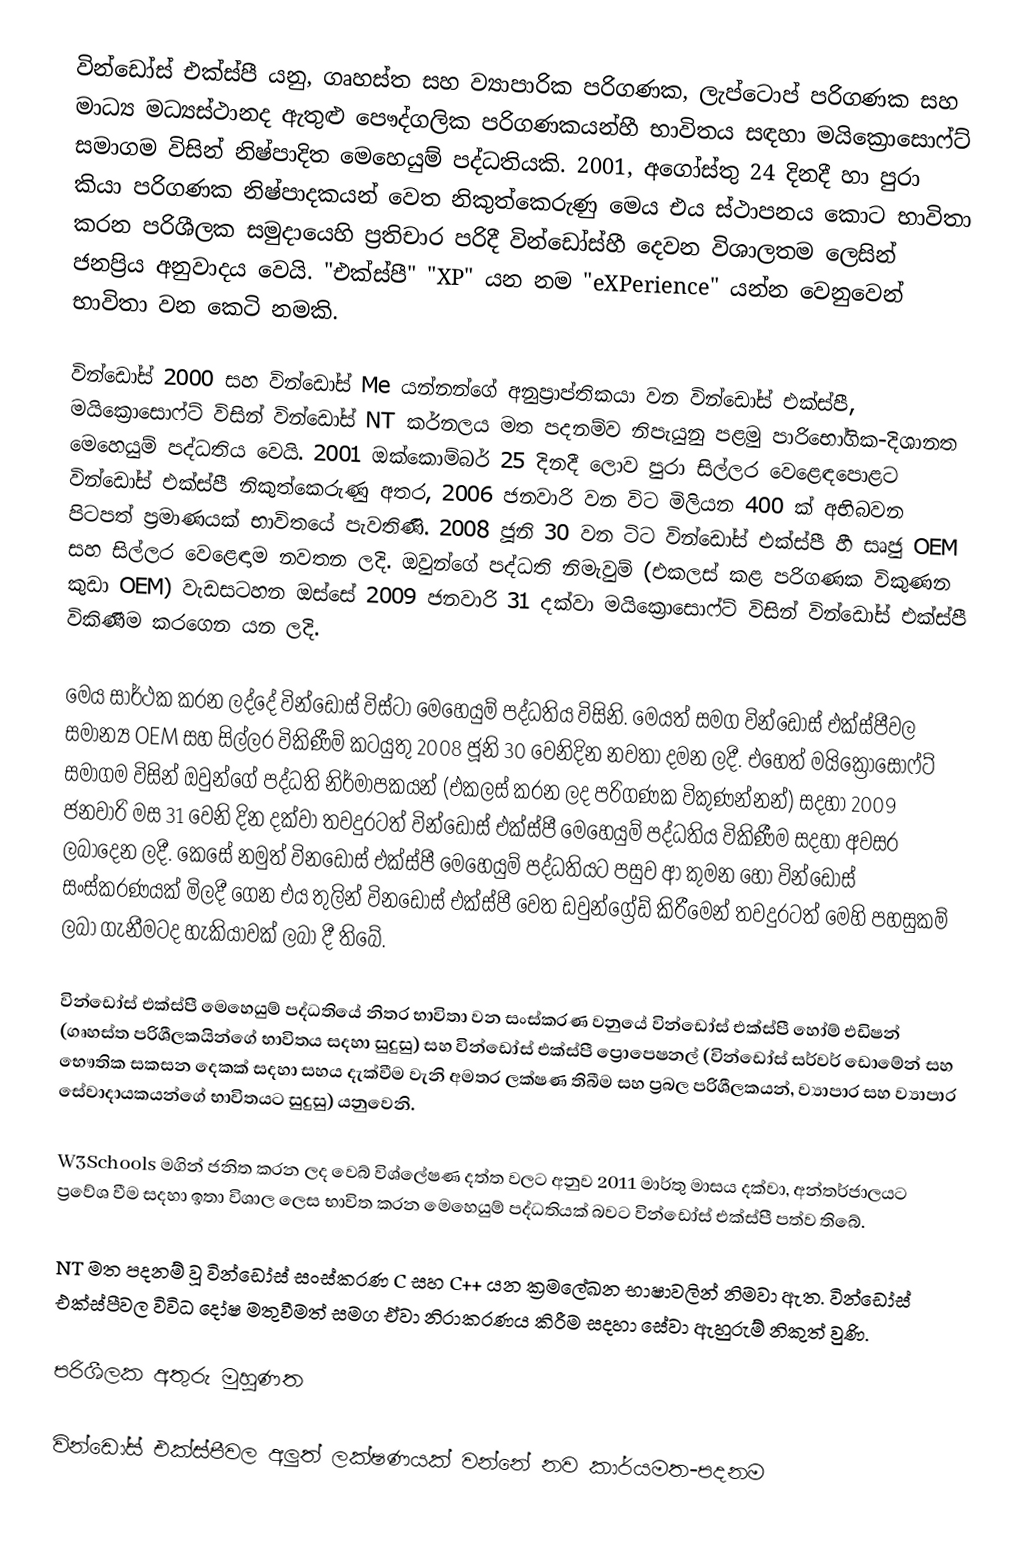
වින්ඩෝස් එක්ස්පී යනු,  ගෘහස්ත සහ ව්‍යාපාරික පරිගණක, ලැප්ටොප් පරිගණක සහ මාධ්‍ය   මධ්‍යස්ථානද ඇතුළු පෞද්ගලික පරිගණකයන්හී  භාවිතය සඳහා මයික්‍රොසොෆ්ට් සමාගම විසින්   නිෂ්පාදිත    මෙහෙයුම් පද්ධතියකි. 2001, අගෝස්තු 24 දිනදී හා පුරා කියා පරිගණක නිෂ්පාදකයන් වෙත නිකුත්කෙරුණු මෙය  එය ස්ථාපනය කොට භාවිතා කරන පරිශීලක සමුදායෙහි ප්‍රතිචාර පරිදී වින්ඩෝස්හී දෙවන විශාලතම ලෙසින් ජනප්‍රිය අනුවාදය වෙයි. "එක්ස්පී"  "XP" යන නම "eXPerience" යන්න වෙනුවෙන් භාවිතා වන කෙටි නමකි.

වින්ඩෝස් 2000 සහ වින්ඩෝස් Me යන්නන්ගේ අනුප්‍රාප්තිකයා වන වින්ඩෝස් එක්ස්පී, මයික්‍රොසොෆ්ට් විසින් වින්ඩෝස් NT කර්නලය මත පදනම්ව නිපැයුනු පළමු පාරිභෝගික-දිශානත මෙහෙයුම් පද්ධතිය වෙයි.    2001 ඔක්කොම්බර් 25 දිනදී  ලොව පුරා සිල්ලර වෙළෙඳපොළට  වින්ඩෝස් එක්ස්පී නිකුත්කෙරුණු අතර, 2006 ජනවාරි වන විට මිලියන 400 ක් අභිබවන පිටපත් ප්‍රමාණයක් භාවිතයේ පැවතිණි.  2008 ජූනි 30 වන ටිට වින්ඩෝස් එක්ස්පී හී සෘජු OEM සහ සිල්ලර වෙළෙඳාම නවතන ලදි. ඔවුන්ගේ පද්ධති නිමැවුම් (එකලස් කළ පරිගණක විකුණන කුඩා OEM) වැඩසටහන ඔස්සේ 2009 ජනවාරි 31 දක්වා මයික්‍රොසොෆ්ට් විසින් වින්ඩෝස් එක්ස්පී විකිණීම කරගෙන යන ලදි.

මෙය සාර්ථක කරන ලද්දේ වින්ඩෝස් විස්ටා මෙහෙයුම් පද්ධතිය විසිනි. මෙයත්   සමග වින්ඩෝස් එක්ස්පීවල සමාන්‍ය OEM සහ සිල්ලර විකිණීම් කටයුතු 2008 ජූනි 30   වෙනිදින නවතා දමන ලදී. එහෙත් මයික්‍රොසොෆ්ට් සමාගම විසින් ඔවුන්ගේ   පද්ධති නිර්මාපකයන් (එකලස් කරන ලද පරිගණක විකුණන්නන්) සදහා 2009 ජනවාරි   මස 31 වෙනි දින දක්වා   තවදුරටත් වින්ඩෝස් එක්ස්පී මෙහෙයුම් පද්ධතිය විකිණීම   සදහා අවසර ලබාදෙන ලදී. කෙසේ නමුත් විනඩෝස්  එක්ස්පී මෙහෙයුම්   පද්ධතියට පසුව ආ කුමන හෝ වින්ඩෝස් සංස්කරණයක් මිලදී ගෙන එය තුලින්  විනඩෝස් එක්ස්පී  වෙත ඩවුන්ග්‍රේඩ් කිරීමෙන් තවදුරටත් මෙහි පහසුකම්   ලබා ගැනීමටද හැකියාවක් ලබා දී තිබේ.

වින්ඩෝස් එක්ස්පී මෙහෙයුම් පද්ධතියේ නිතර භාවිතා වන සංස්කරණ වනුයේ වින්ඩෝස් එක්ස්පී හෝම් එඩිෂන් (ගෘහස්ත පරිශීලකයින්ගේ භාවිතය සදහා සුදුසු) සහ වින්ඩෝස් එක්ස්පී ප්‍රොපෙෂනල් (වින්ඩෝස් සර්වර් ඩොමේන් සහ භෞතික සකසන දෙකක්   සදහා සහය දැක්වීම වැනි අමතර ලක්ෂණ තිබීම සහ ප්‍රබල පරිශීලකයන්, ව්‍යාපාර සහ ව්‍යාපාර සේවාදායකයන්ගේ භාවිතයට සුදුසු) යනුවෙනි.

W3Schools මගින් ජනිත කරන ලද වෙබ් විශ්ලේෂණ දත්ත වලට අනුව 2011 මාර්තු   මාසය දක්වා, අන්තර්ජාලයට ප්‍රවේශ වීම සදහා ඉතා විශාල ලෙස භාවිත කරන   මෙහෙයුම් පද්ධතියක් බවට වින්ඩෝස් එක්ස්පී පත්ව තිබේ.

NT මත පදනම් වූ වින්ඩෝස් සංස්කරණ C සහ C++ යන ක්‍රමලේඛන භාෂාවලින්   නිමවා ඇත. වින්ඩෝස් එක්ස්පීවල  විවිධ දෝෂ මතුවීමත් සමග ඒවා නිරාකරණය   කිරීම සදහා සේවා ඇහුරුම් නිකුත් වුණි.

පරිශීලක අතුරු මුහුණත

වින්ඩෝස් එක්ස්පීවල අලුත් ලක්ෂණයක් වන්නේ නව කාර්යමත-පදනම